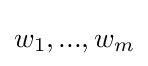
w_{1},...,w_{m}